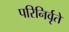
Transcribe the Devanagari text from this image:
परिनिर्वृते